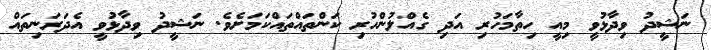
ނަޝީދު ވިދާޅުވީ މިއީ ހިތާމަހުރި އަދި ގެއްލުންހުރި ކަންތައްތައްކަމަށެވެ. ނަޝީދު ވިދާޅުވީ އެދަރަނިތައް